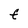
Character: F